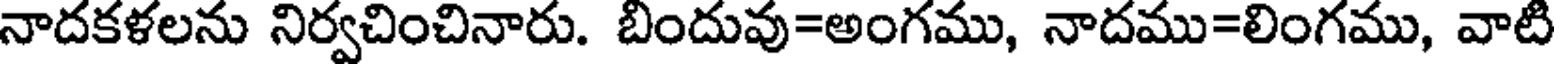
నాదకళలను నిర్వచించినారు. బిందువు=అంగము, నాదము=లింగము, వాటి